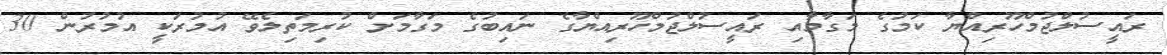
ރައީސުލްޖުމްހޫރިއްޔާ ކަމުގެ މަގާމާއި ރައީސުލްޖުމްހޫރިއްޔާގެ ނައިބުގެ މަގާމަށް ކުރިމަތިލެވޭ އުމުރަކީ އުމުރުން 30